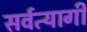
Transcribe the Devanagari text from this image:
सर्वत्यागी